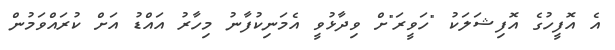
އެ އޮފީހުގެ އޮފިޝަލަކު "ހަވީރަ"ށް ވިދާޅުވީ އެމަނިކުފާނު މިހާރު އައްޑު އަށް ކުރައްވަމުން